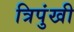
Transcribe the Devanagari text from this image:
त्रिपुंखी